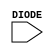
module sky130_fd_sc_hdll__diode (
    DIODE
);

    // Module ports
    input DIODE;

    // Module supplies
    supply1 VPWR;
    supply0 VGND;
    supply1 VPB ;
    supply0 VNB ;
     // No contents.
endmodule